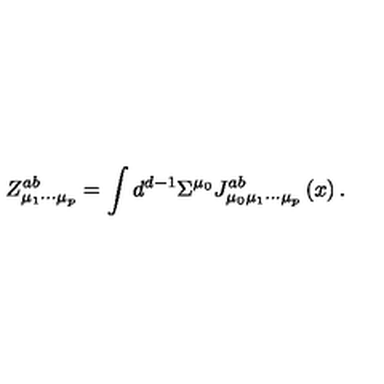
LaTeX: Z _ { \mu _ { 1 } \cdots \mu _ { p } } ^ { a b } = \int d ^ { d - 1 } \Sigma ^ { \mu _ { 0 } } J _ { \mu _ { 0 } \mu _ { 1 } \cdots \mu _ { p } } ^ { a b } \left( x \right) .